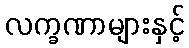
လက္ခဏာများနှင့်